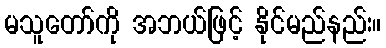
မသူတော်ကို အဘယ်ဖြင့် နိုင်မည်နည်း။